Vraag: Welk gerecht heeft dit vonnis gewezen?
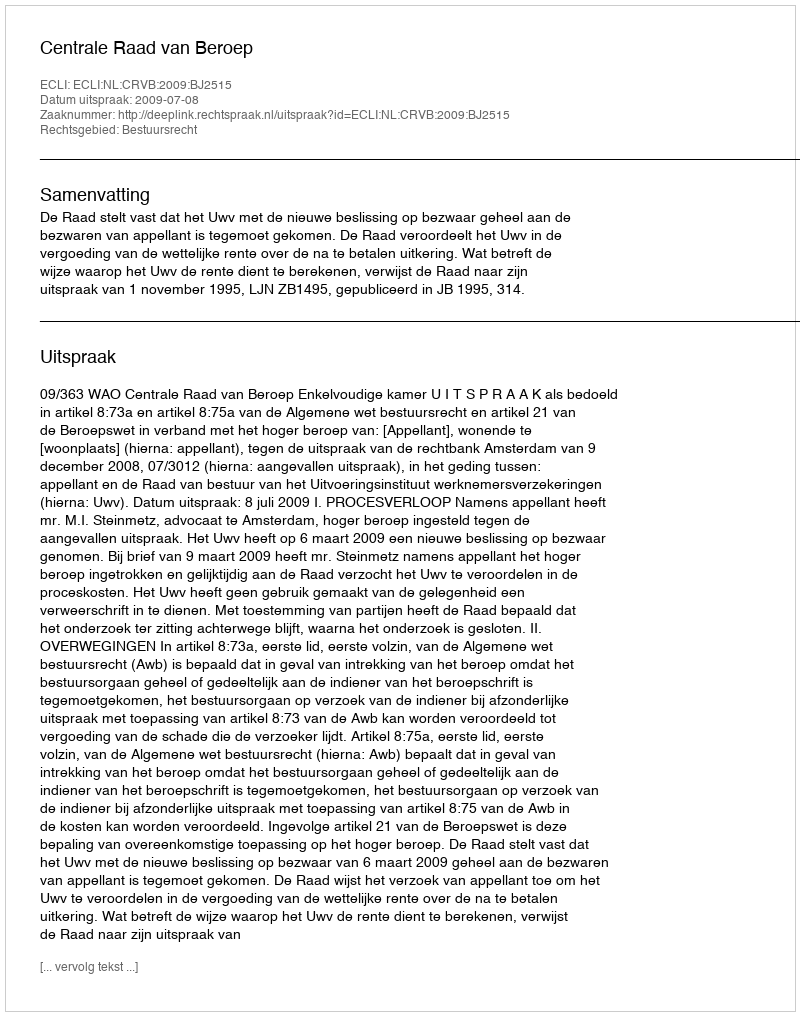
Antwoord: Centrale Raad van Beroep